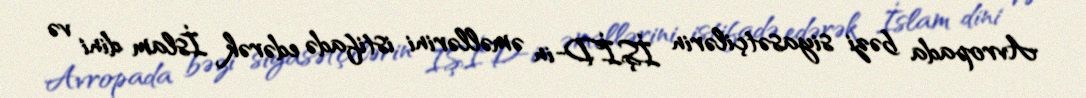
Avropada bəzi siyasətçilərin İŞİD-in əməllərini istifadə edərək İslam dini və